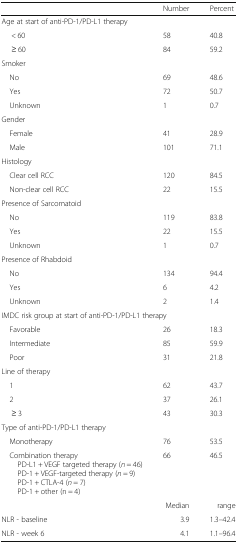
|  | Number | Percent |
 | --- | --- | --- |
 | <COLSPAN=3> Age at start of anti-PD-1/PD-L1 therapy |
 | < 60 | 58 | 40.8 |
 | ≥ 60 | 84 | 59.2 |
 | <COLSPAN=3> Smoker |
 | No | 69 | 48.6 |
 | Yes | 72 | 50.7 |
 | Unknown | 1 | 0.7 |
 | <COLSPAN=3> Gender |
 | Female | 41 | 28.9 |
 | Male | 101 | 71.1 |
 | <COLSPAN=3> Histology |
 | Clear cell RCC | 120 | 84.5 |
 | Non-clear cell RCC | 22 | 15.5 |
 | <COLSPAN=3> Presence of Sarcomatoid |
 | No | 119 | 83.8 |
 | Yes | 22 | 15.5 |
 | Unknown | 1 | 0.7 |
 | <COLSPAN=3> Presence of Rhabdoid |
 | No | 134 | 94.4 |
 | Yes | 6 | 4.2 |
 | Unknown | 2 | 1.4 |
 | <COLSPAN=3> IMDC risk group at start of anti-PD-1/PD-L1 therapy |
 | Favorable | 26 | 18.3 |
 | Intermediate | 85 | 59.9 |
 | Poor | 31 | 21.8 |
 | <COLSPAN=3> Line of therapy |
 | 1 | 62 | 43.7 |
 | 2 | 37 | 26.1 |
 | ≥ 3 | 43 | 30.3 |
 | <COLSPAN=3> Type of anti-PD-1/PD-L1 therapy |
 | Monotherapy | 76 | 53.5 |
 | Combination therapyPD-L1 + VEGF targeted therapy (n = 46)PD-1 + VEGF-targeted therapy (n = 9)PD-1 + CTLA-4 (n = 7)PD-1 + other (n = 4) | 66 | 46.5 |
 |  | Median | range |
 | NLR - baseline | 3.9 | 1.3–42.4 |
 | NLR - week 6 | 4.1 | 1.1–96.4 |